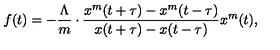
f ( t ) = - \frac { \Lambda } { m } \cdot \frac { x ^ { m } ( t + \tau ) - x ^ { m } ( t - \tau ) } { x ( t + \tau ) - x ( t - \tau ) } x ^ { m } ( t ) ,